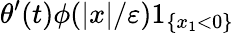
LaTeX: \theta^{\prime}(t)\phi(|x|/\varepsilon)1_{\{ x_{1}<0\} }